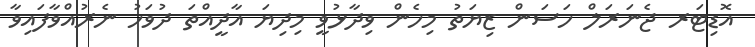
އޮޑިޓަރ ޖެނަރަލް ހަސަން ޒިޔަތު މިހެން ވިދާޅުވީ މިދިޔަ އާދީއްތަ ދުވަހު ނެރުއްވާފައިވާ